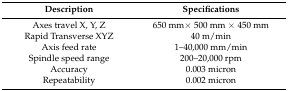
<table><thead><tr><td><b>Description</b></td><td><b>Specifications</b></td></tr></thead><tbody><tr><td>Axes travel X, Y, Z</td><td>650 mm× 500 mm × 450 mm</td></tr><tr><td>Rapid Transverse XYZ</td><td>40 m/min</td></tr><tr><td>Axis feed rate</td><td>1–40,000 mm/min</td></tr><tr><td>Spindle speed range</td><td>200–20,000 rpm</td></tr><tr><td>Accuracy</td><td>0.003 micron</td></tr><tr><td>Repeatability</td><td>0.002 micron</td></tr></tbody></table>